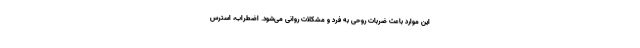
این موارد باعث ضربات روحی به فرد و مشکلات روانی می‌شود. اضطراب، استرس